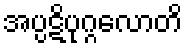
အပ္ပဋိပုဂ္ဂလောတိ